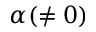
\alpha ( \neq 0 )